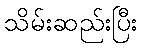
သိမ်းဆည်းပြီး